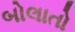
બોલાતો